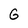
Character: G